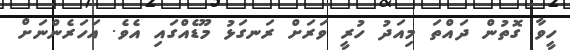
ހީވާ ގޮތުން ދައްތަ މިއަދު ހުރީ ވަރަށް ރަނގަޅު މޫޑެއްގައި އެވެ. އަހަރެންނަށް